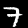
Label: 7